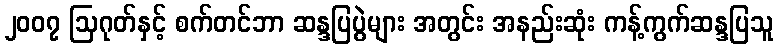
၂၀၀၇ ဩဂုတ်နှင့် စက်တင်ဘာ ဆန္ဒပြပွဲများ အတွင်း အနည်းဆုံး ကန့်ကွက်ဆန္ဒပြသူ